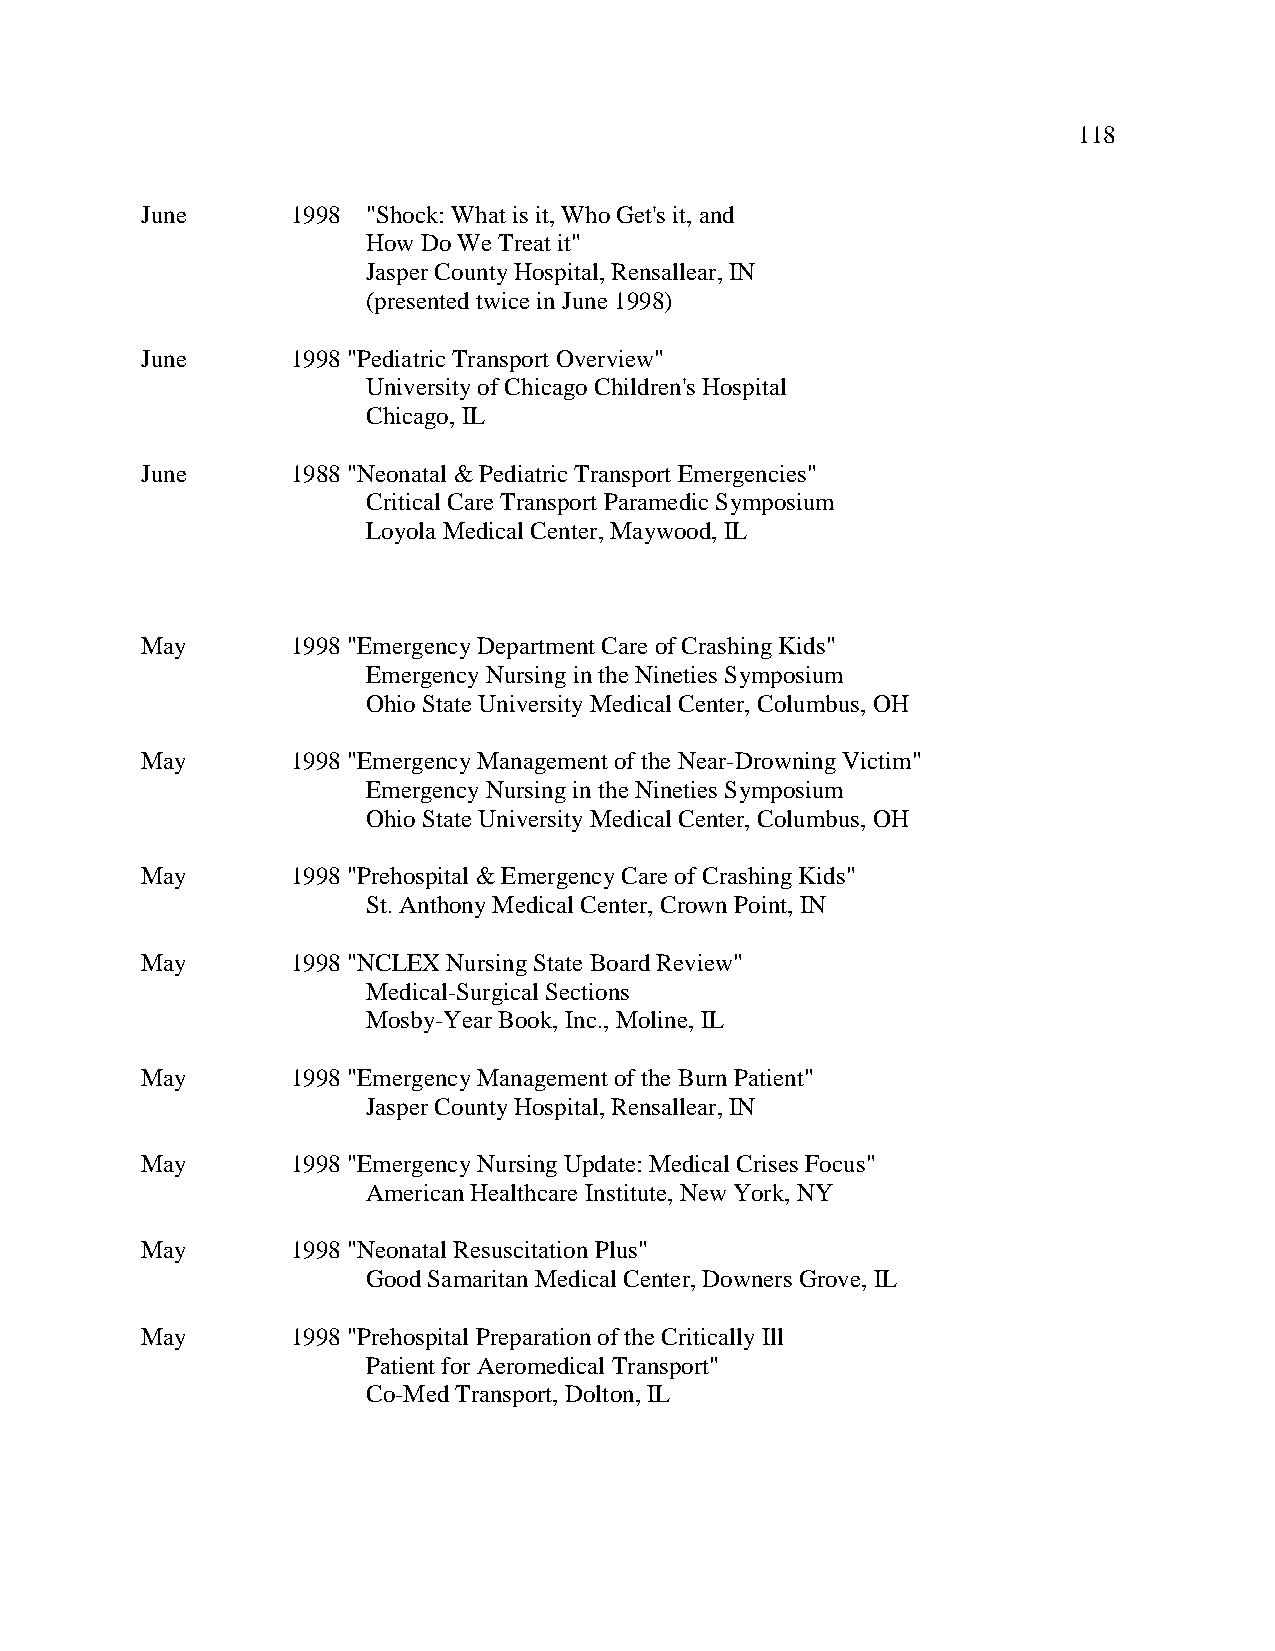
118
 June      1998 "Shock: What is it, Who Get's it, and
 How Do We Treat it"
 Jasper County Hospital, Rensallear, IN
 (presented twice in June 1998)
 June      1998 "Pediatric Transport Overview"
 University of Chicago Children's Hospital
 Chicago, IL
 June      1988 "Neonatal & Pediatric Transport Emergencies"
 Critical Care Transport Paramedic Symposium
 Loyola Medical Center, Maywood, IL
 May       1998 "Emergency Department Care of Crashing Kids"
 Emergency Nursing in the Nineties Symposium
 Ohio State University Medical Center, Columbus, OH
 May       1998 "Emergency Management of the Near-Drowning Victim"
 Emergency Nursing in the Nineties Symposium
 Ohio State University Medical Center, Columbus, OH
 May       1998 "Prehospital & Emergency Care of Crashing Kids"
 St. Anthony Medical Center, Crown Point, IN
 May       1998 "NCLEX Nursing State Board Review"
 Medical-Surgical Sections
 Mosby-Year Book, Inc., Moline, IL
 May       1998 "Emergency Management of the Burn Patient"
 Jasper County Hospital, Rensallear, IN
 May       1998 "Emergency Nursing Update: Medical Crises Focus"
 American Healthcare Institute, New York, NY
 May       1998 "Neonatal Resuscitation Plus"
 Good Samaritan Medical Center, Downers Grove, IL
 May       1998 "Prehospital Preparation of the Critically Ill
 Patient for Aeromedical Transport"
 Co-Med Transport, Dolton, IL